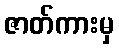
ဇာတ်ကားမှ